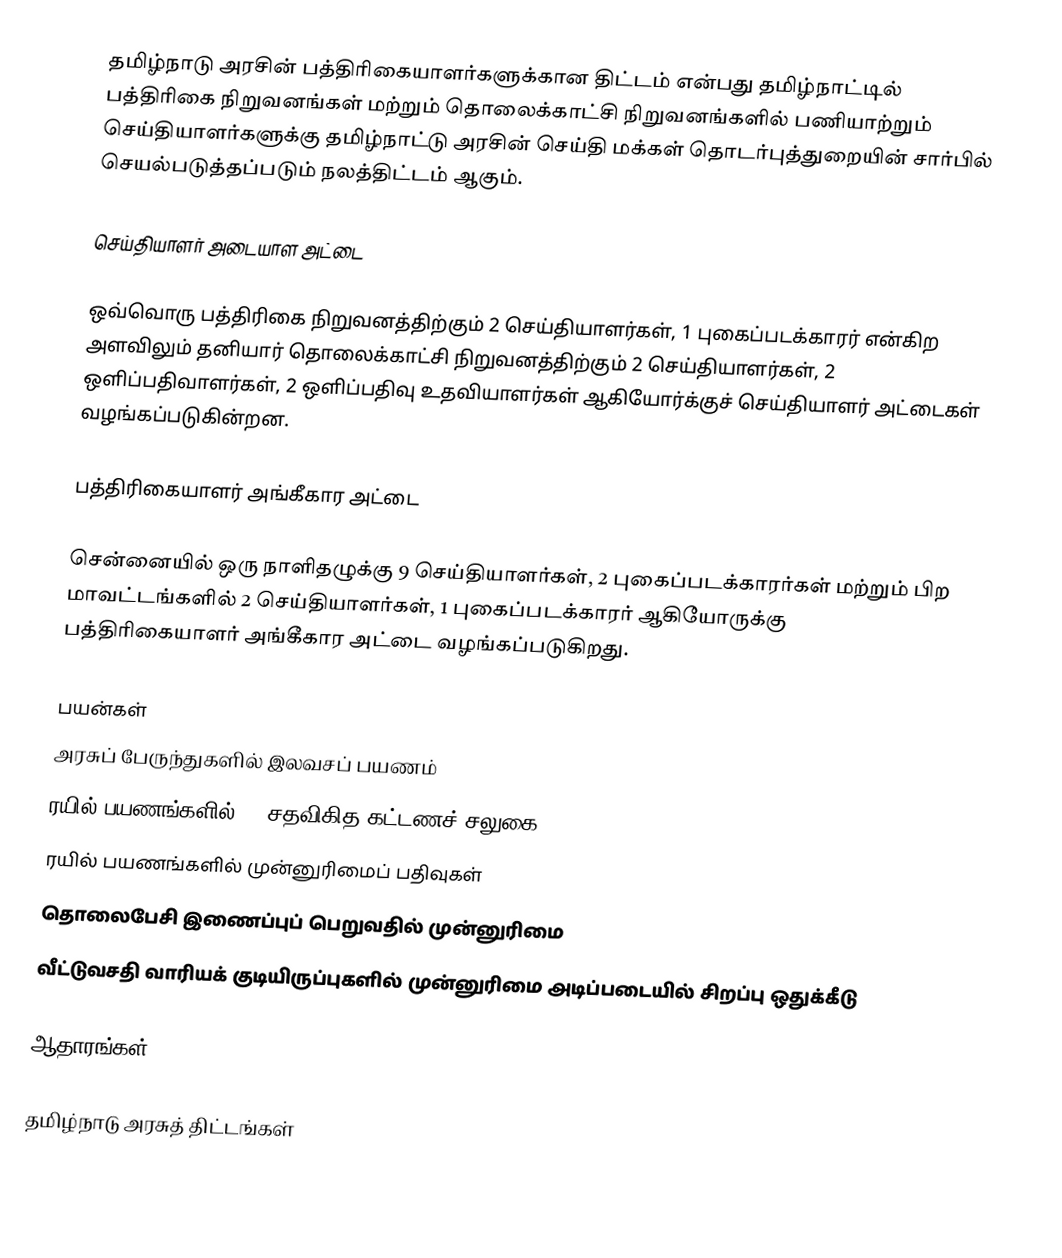
தமிழ்நாடு அரசின் பத்திரிகையாளர்களுக்கான திட்டம் என்பது தமிழ்நாட்டில் பத்திரிகை நிறுவனங்கள் மற்றும் தொலைக்காட்சி நிறுவனங்களில் பணியாற்றும் செய்தியாளர்களுக்கு தமிழ்நாட்டு அரசின் செய்தி மக்கள் தொடர்புத்துறையின் சார்பில் செயல்படுத்தப்படும் நலத்திட்டம் ஆகும்.

செய்தியாளர் அடையாள அட்டை

ஒவ்வொரு பத்திரிகை நிறுவனத்திற்கும் 2 செய்தியாளர்கள், 1 புகைப்படக்காரர் என்கிற அளவிலும் தனியார் தொலைக்காட்சி நிறுவனத்திற்கும் 2 செய்தியாளர்கள், 2 ஒளிப்பதிவாளர்கள், 2 ஒளிப்பதிவு உதவியாளர்கள் ஆகியோர்க்குச் செய்தியாளர் அட்டைகள் வழங்கப்படுகின்றன.

பத்திரிகையாளர் அங்கீகார அட்டை

சென்னையில் ஒரு நாளிதழுக்கு 9 செய்தியாளர்கள், 2 புகைப்படக்காரர்கள் மற்றும் பிற மாவட்டங்களில் 2 செய்தியாளர்கள், 1 புகைப்படக்காரர் ஆகியோருக்கு பத்திரிகையாளர் அங்கீகார அட்டை வழங்கப்படுகிறது.

பயன்கள்
அரசுப் பேருந்துகளில் இலவசப் பயணம்
ரயில் பயணங்களில் 50 சதவிகித கட்டணச் சலுகை,
ரயில் பயணங்களில் முன்னுரிமைப் பதிவுகள்
தொலைபேசி இணைப்புப் பெறுவதில் முன்னுரிமை
வீட்டுவசதி வாரியக் குடியிருப்புகளில் முன்னுரிமை அடிப்படையில் சிறப்பு ஒதுக்கீடு

ஆதாரங்கள்

 தமிழ்நாடு அரசுத் திட்டங்கள்